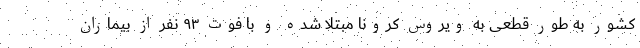
کشور به طور قطعی به ویروس کرونا مبتلا شده و با فوت ۹۳ نفر از بیماران